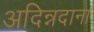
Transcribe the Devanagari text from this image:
अदिन्नदाना